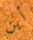
أين